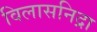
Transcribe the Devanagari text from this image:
विलासनिद्रा